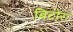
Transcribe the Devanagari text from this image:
बिटोरा